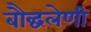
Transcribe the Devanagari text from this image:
बौद्घलेणी